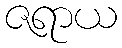
ဇရာယ